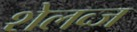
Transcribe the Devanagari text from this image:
शेलव्ज